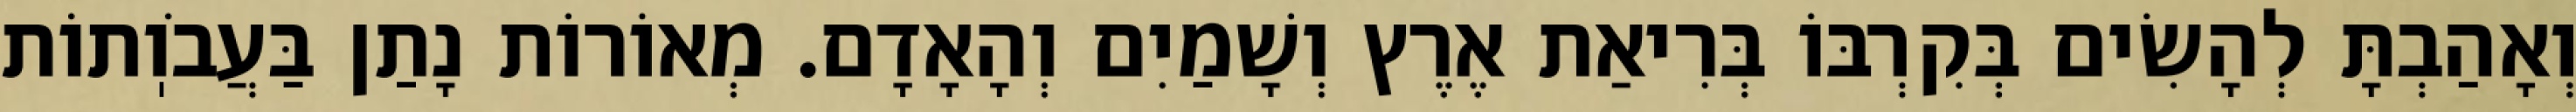
וְאָהַבְתָּ לְהָשִׂים בְּקִרְבּוֹ בְּרִיאַת אֶרֶץ וְשָׁמַיִם וְהָאָדָם. מְאוֹרוֹת נָתַן בַּעֲבֹוֽתוֹת